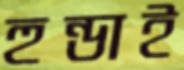
হুন্ডাই